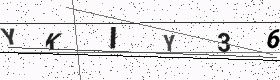
Text: YKIY36